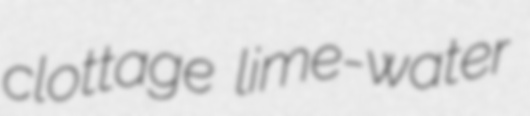
clottage lime-water